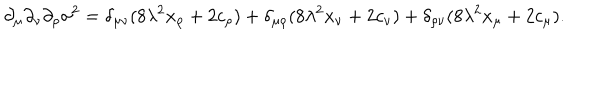
\partial _ { \mu } \partial _ { \nu } \partial _ { \rho } \sigma ^ { 2 } = \delta _ { \mu \nu } ( 8 \lambda ^ { 2 } x _ { \rho } + 2 c _ { \rho } ) + \delta _ { \mu \rho } ( 8 \lambda ^ { 2 } x _ { \nu } + 2 c _ { \nu } ) + \delta _ { \rho \nu } ( 8 \lambda ^ { 2 } x _ { \mu } + 2 c _ { \mu } ) .